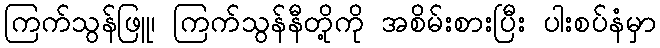
ကြက်သွန်ဖြူ၊ ကြက်သွန်နီတို့ကို အစိမ်းစားပြီး ပါးစပ်နံမှာ